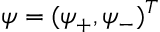
\psi = ( \psi _ { + } , \psi _ { - } ) ^ { T }